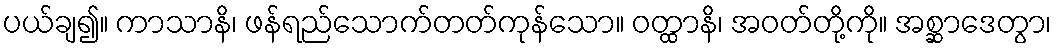
ပယ်ချ၍။ ကာသာနိ၊ ဖန်ရည်သောက်တတ်ကုန်သော။ ဝတ္ထာနိ၊ အဝတ်တို့ကို။ အစ္ဆာဒေတွာ၊